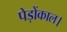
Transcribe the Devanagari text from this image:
पेड़ोंकाल।